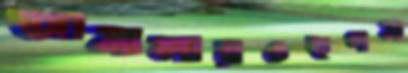
জানালায়ওহুগল